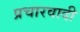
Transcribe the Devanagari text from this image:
प्रचारवादी